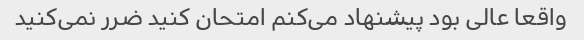
واقعا عالی بود پیشنهاد می‌کنم امتحان کنید ضرر نمی‌کنید